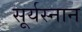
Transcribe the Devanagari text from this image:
सूर्यस्नान